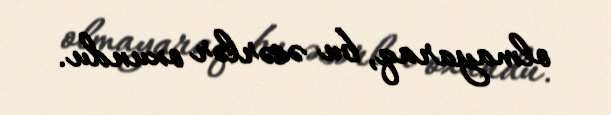
olmayaraq, bu əsərlər oxundu.